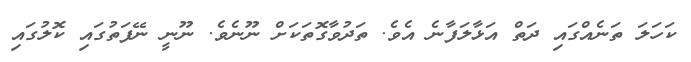
ކަހަލަ ތަނެއްގައި ދަތް އަޅާލަފާނެ އެވެ. ތަދުވާގޮތަކަށް ނޫނެވެ. ނޫނީ ނޭފަތުގައި ކޮލުގައި